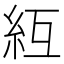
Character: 䊺